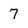
Character: 7